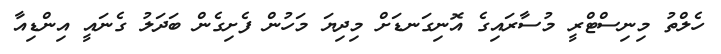
ހެލްތު މިނިސްޓްރީ މުސާރައިގެ އޮނިގަނޑަށް މިދިޔަ މަހުން ފެށިގެން ބަދަލު ގެނައީ އިންޑިއާ